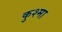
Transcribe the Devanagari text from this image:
कुश्‍मा